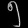
Digit: ၅